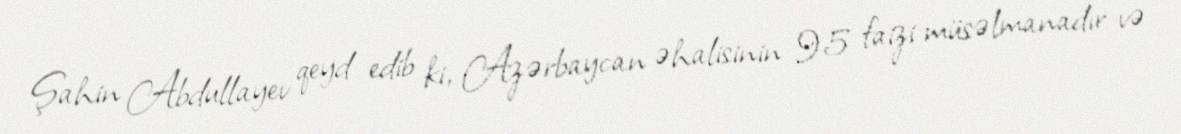
Şahin Abdullayev qeyd edib ki, Azərbaycan əhalisinin 95 faizi müsəlmanadır və